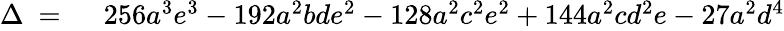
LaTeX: \begin{array}{rl}{\Delta\ =\ }&{{}256a^{3}e^{3}-192a^{2}bde^{2}-128a^{2}c^{2}e^{2}+144a^{2}cd^{2}e-27a^{2}d^{4}}\end{array}